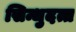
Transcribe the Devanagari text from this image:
सिन्धुदत्त